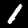
Label: 1